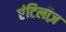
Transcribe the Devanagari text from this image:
एंटिलीज़